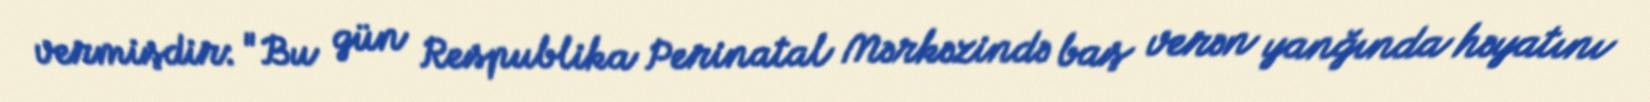
vermişdir: "Bu gün Respublika Perinatal Mərkəzində baş verən yanğında həyatını